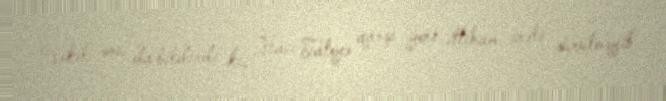
Vəkil onu da bildirdi ki, Hacı Taleyə qarşı yeni ittiham irəli sürülməyib.